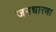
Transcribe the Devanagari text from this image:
जनधारणा